Code of medical and sanitary regulations for the guidance of medical officers serving in the Madras Presidency - Volume I
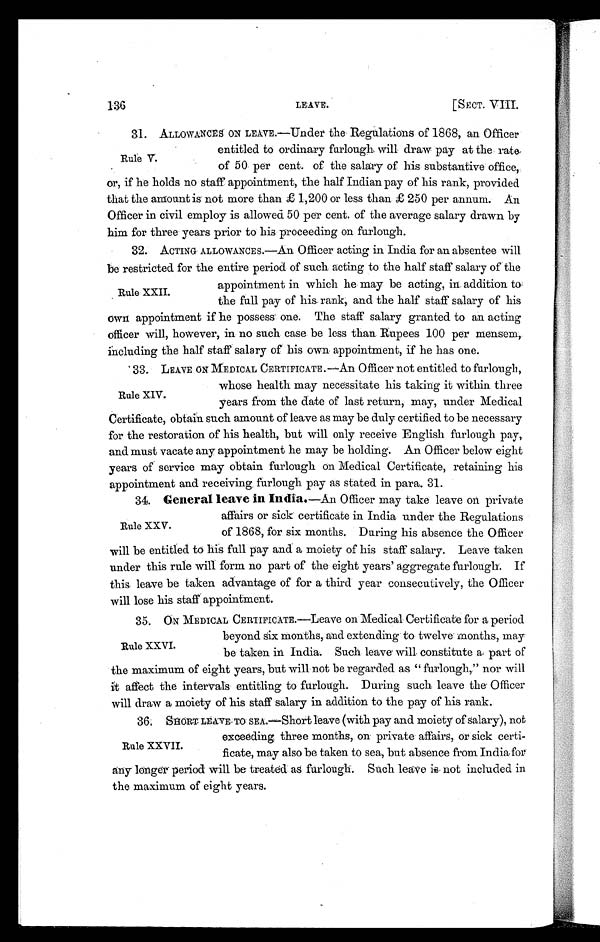
136
LEAVE.
[SECT. VIII.
31. ALLOWANCES ON LEAVE.—Under the Regulations of 1868, an Officer
entitled to ordinary furlough will draw pay at the rate
of 50 per cent. of the salary of his substantive office,
or, if he holds no staff appointment, the half Indian pay of his rank, provided
that the amount is not more than £ 1,200 or less than £ 250 per annum. An
Officer in civil employ is allowed 50 per cent. of the average salary drawn by
him for three years prior to his proceeding on furlough.
32. ACTING ALLOWANCES.—An Officer acting in India for an absentee will
be restricted for the entire period of such acting to the half staff salary of the
appointment in which he may be acting, in addition to
the full pay of his rank, and the half staff salary of his
own appointment if he possess one. The staff salary granted to an acting
officer will, however, in no such case be less than Rupees 100 per mensem,
Including the half staff salary of his own appointment, if he has one.
33. LEAVE ON MEDICAL CERTIFICATE.- An Officer not entitled to furlough,
whose health may necessitate his taking it within three
years from the date of last return, may, under Medical
Certificate, obtain such amount of leave as may be duly certified to be necessary
for the restoration of his health, but will only receive English furlough pay,
and must vacate any appointment he may be holding. An Officer below eight
years of service may obtain furlough on Medical Certificate, retaining his
appointment and receiving furlough pay as stated in para. 31.
34. General leave in India. —An Officer may take leave on private
affairs or sick certificate in India under the Regulations
of 1868, for six months. During his absence the Officer
will be entitled to his full pay and a moiety of his staff salary. Leave taken
under this rule will form no part of the eight years' aggregate furlough. If
this leave be taken advantage of for a third year consecutively, the Officer
will lose his staff appointment.
35. ON MEDICAL CERTIFICATE.—Leave on Medical Certificate for a period
beyond six months, and extending to twelve months, may
be taken in India. Such leave will constitute a part of
the maximum of eight years, but will not be regarded as " furlough," nor will
it affect the intervals entitling to furlough. During such leave the Officer
will draw a moiety of his staff salary in addition to the pay of his rank.
36. SHORTLEAVE TO SEA.—Short leave (with pay and moiety of salary), not
exceeding three months, on private affairs, or sick certi-
ficate, may also be taken to sea, but absence from India for
any longer period will be treated as furlough. Such leave i6 not included in
the maximum of eight years.
Rule V.
Rule XXII.
Rule XIV.
Rule XXV.
Rule XXVI.
Rule XXVII.